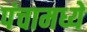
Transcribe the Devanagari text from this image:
पंचामध्ये